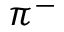
\pi ^ { - }